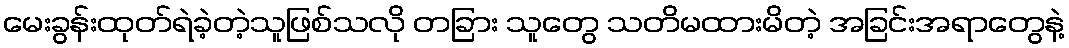
မေးခွန်းထုတ်ရဲခဲ့တဲ့သူဖြစ်သလို တခြား သူတွေ သတိမထားမိတဲ့ အခြင်းအရာတွေနဲ့